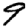
Digit: 9